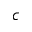
c